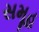
સમૂહ